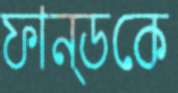
ফান্ডকে